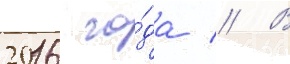
2016 го́да // В